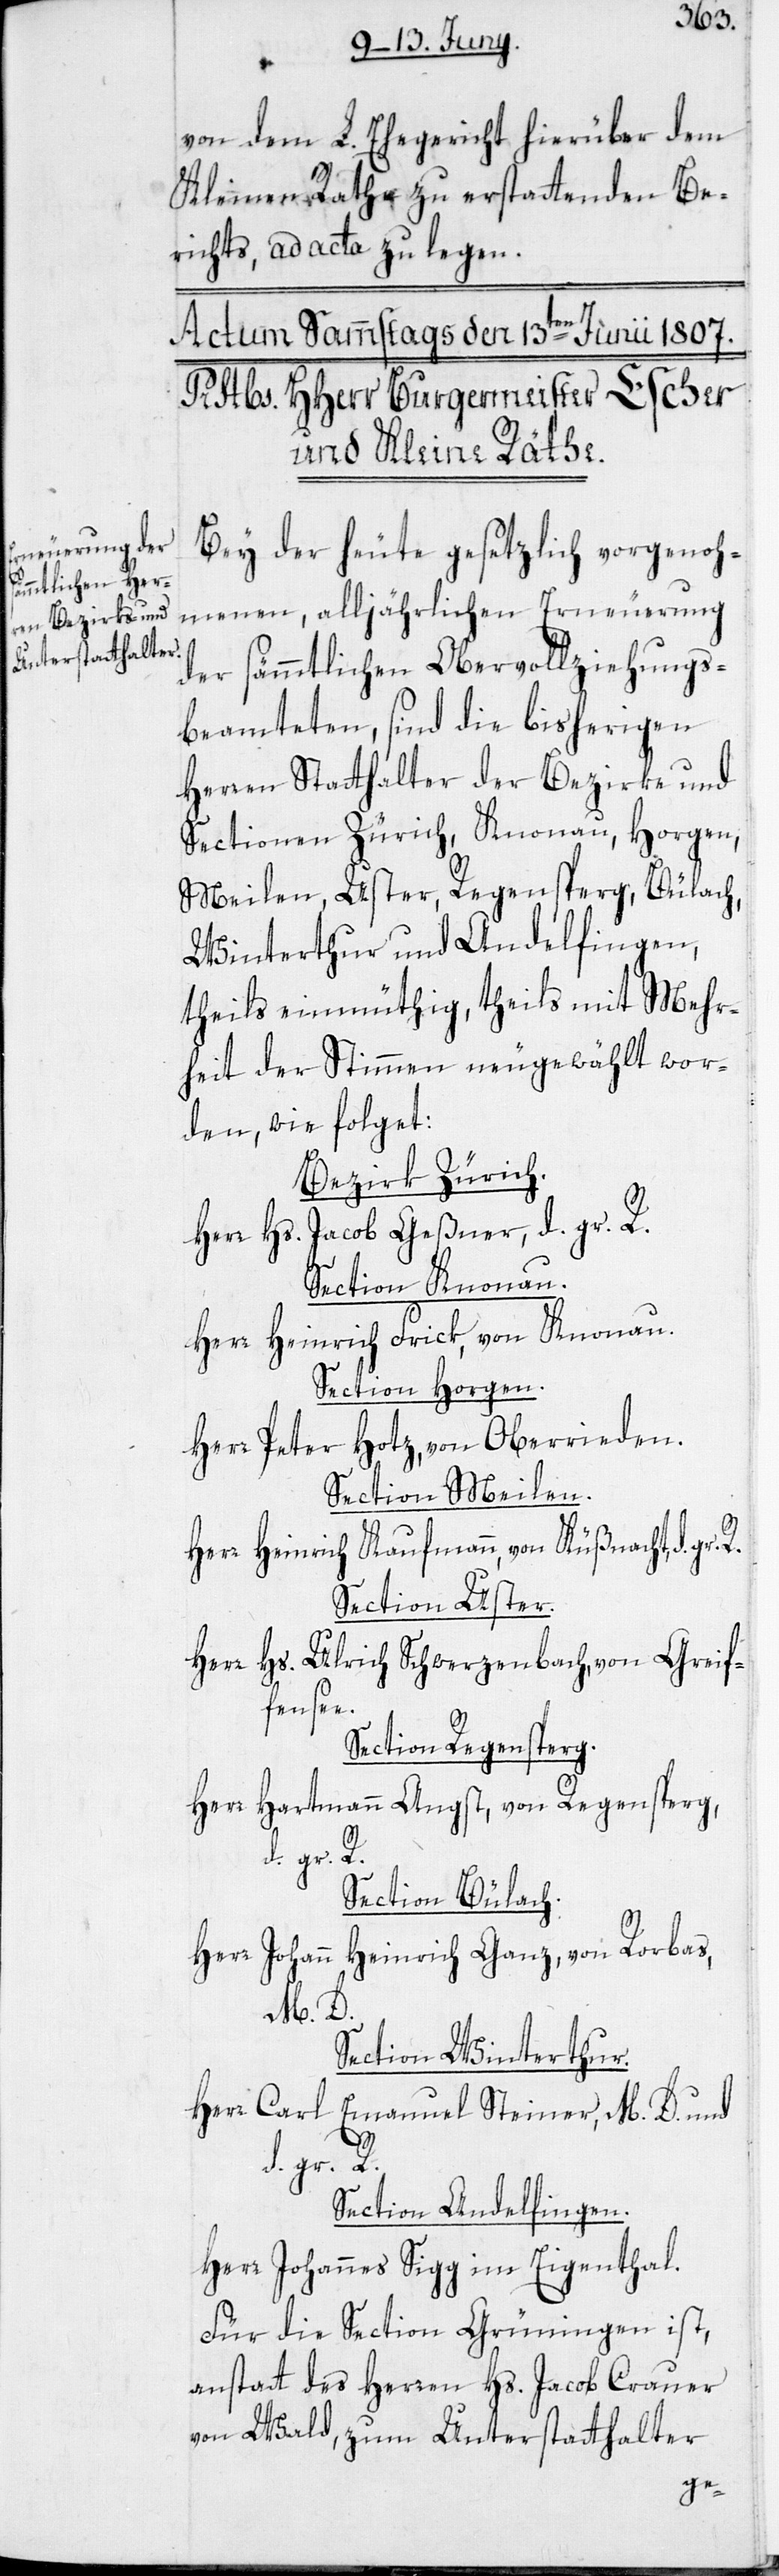
von dem L. Ehegericht hierüber dem
Kleinen Rathe zu erstattenden Be¬
richts, ad acta zu legen.
Bey der heute gesetzlich vorgenoh¬
menen, alljährlichen Erneuerung
der sämtlichen Obervollziehungs¬
beamteten, sind die bisherigen
Herren Statthalter der Bezirke und
Sectionen Zürich, Knonau, Horgen,
Meilen, Uster, Regensperg, Bülach,
Winterthur und Andelfingen,
theils einmüthig, theils mit Mehr¬
heit der Stimmen neugewählt wor¬
den, wie folget:
Bezirk Zürich.
Herr Hs. Jacob Geßner, d. gr. R.
Section Knonau.
Herr Heinrich Frick, von Knonau.
Section Horgen.
Herr Peter Hotz, von Oberrieden.
Section Meilen.
Herr Heinrich Kaufmann, von Küßnacht, d.
Section Uster.
Herr Hs. Ulrich Schwerzenbach, von Greif¬
fensee.
Section Regensperg.
Herr Hartmann Angst, von Regensperg,
Section Bülach.
Herr Johann Heinrich Ganz, von Rorbas,
M. D.
Section Winterthur.
Herr Carl Emanuel Steiner, M. D. und
d. gr. R.
Section Andelfingen.
Herr Johannes Sigg im Eigenthal.
Für die Section Grüningen ist,
anstatt des Herren Hs. Jacob Crauer
von Wald, zum Unterstatthalter